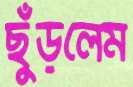
ছুঁড়লেম